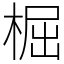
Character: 㭾